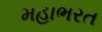
મહાભરત